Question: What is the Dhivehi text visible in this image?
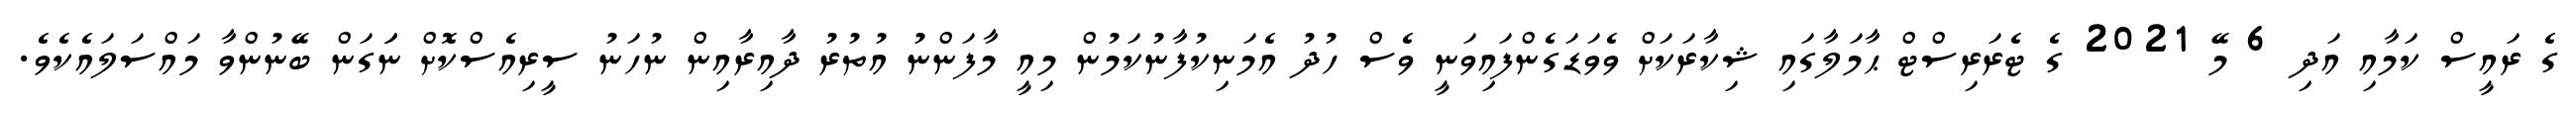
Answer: ގެ ރައީސް ކަމާއި އަދި 6 މޭ 2021 ގެ ޓެރަރިސްޓް ޙާމަލާގައި ޝިކާރަކަށް ވެވަޑަގެންފައިވަނީ ވެސް ހުދު އެމަނިކުފާނުކަމުން މިއީ މާފަންނު އުތުރު ދާއިރާއިން ނުހަނު ސީރިއެސްކޮށް ނަަަގަން ބޭނުންވާ މައްސަލައެކެވެ.